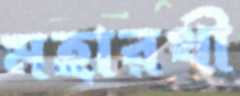
মহারথী